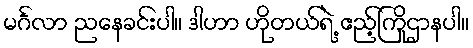
မင်္ဂလာ ညနေခင်းပါ။ ဒါဟာ ဟိုတယ်ရဲ့ ဧည့်ကြိုဌာနပါ။